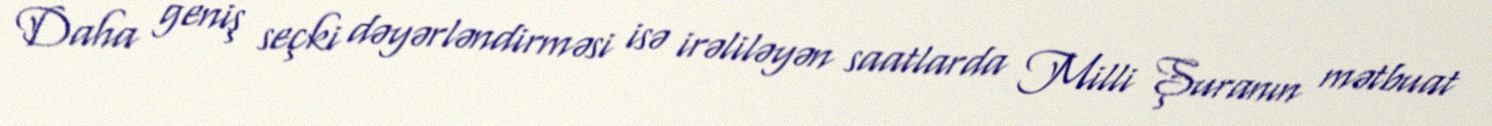
Daha geniş seçki dəyərləndirməsi isə irəliləyən saatlarda Milli Şuranın mətbuat